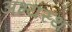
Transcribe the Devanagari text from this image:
अभ्यस्थ